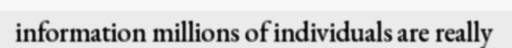
information millions of individuals are really